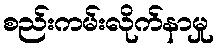
စည်းကမ်းလိုက်နာမှု